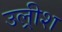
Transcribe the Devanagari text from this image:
उल्रीश